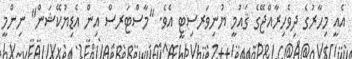
އެއީ މިހާރުގެ ދިވެހިރާއްޖޭގެ ޤައުމީ ޔުނިވަރސިޓީ އެވެ. "މާސްޓަރސް އިން އެޑިޔުކޭޝަން" ނިންމީ